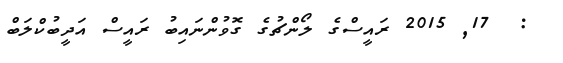
:  17